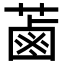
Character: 蓾